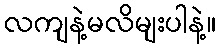
လကျနဲ့မလိမျးပါနဲ့။